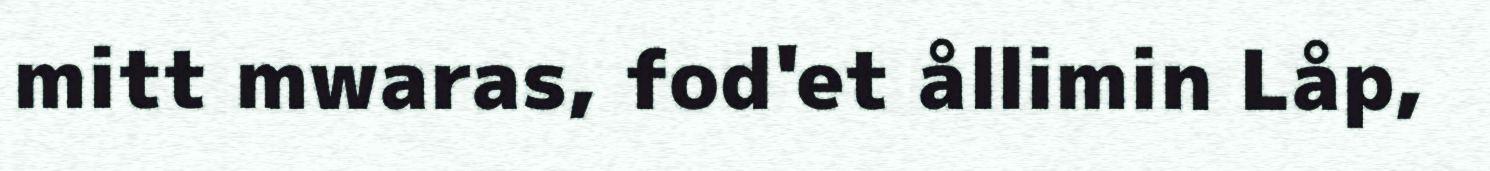
mitt mwaras, fod'et ållimin Låp,